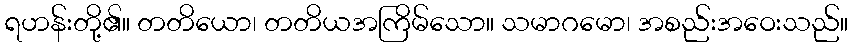
ရဟန်းတို့၏။ တတိယော၊ တတိယအကြိမ်သော။ သမာဂမော၊ အစည်းအဝေးသည်။